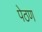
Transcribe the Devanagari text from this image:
पेठण